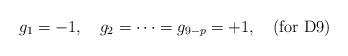
LaTeX: \begin{align*}g_1=-1,\quad g_2=\cdots=g_{9-p}=+1,\quad \mbox{(for D9)}\end{align*}